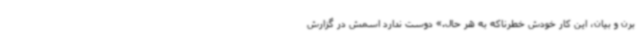
برن و بیان، این کار خودش خطرناکه به هر حال.» دوست ندارد اسمش در گزارش